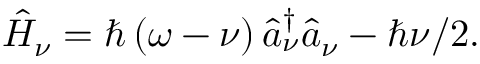
\hat { H } _ { \nu } = \hbar \left( \omega - \nu \right) \hat { a } _ { \nu } ^ { \dagger } \hat { a } _ { \nu } - \hbar \nu / 2 .